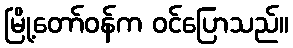
မြို့တော်ဝန်က ဝင်ပြောသည်။